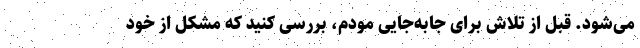
می‌شود. قبل از تلاش برای جابه‌جایی مودم، بررسی کنید که مشکل از خود